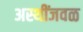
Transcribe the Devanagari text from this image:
अस्थींजवळ